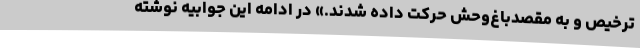
ترخیص و به مقصدباغ‌وحش حرکت داده شدند.» در ادامه این جوابیه نوشته